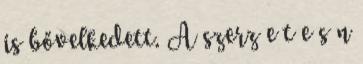
is bővelkedett. A szerz e t e s n